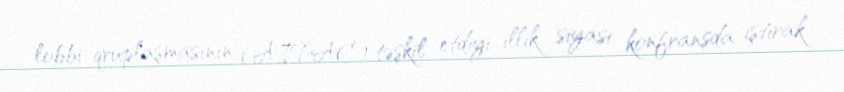
lobbi qruplaşmasının (AİPAC) təşkil etdiyi illik siyasi konfransda iştirak